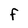
Character: f